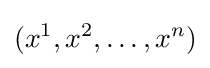
(x^{1},x^{2},\dots ,x^{n})